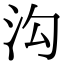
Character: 沟